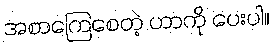
အစာကြေစေတဲ့ ဟာကို ပေးပါ။